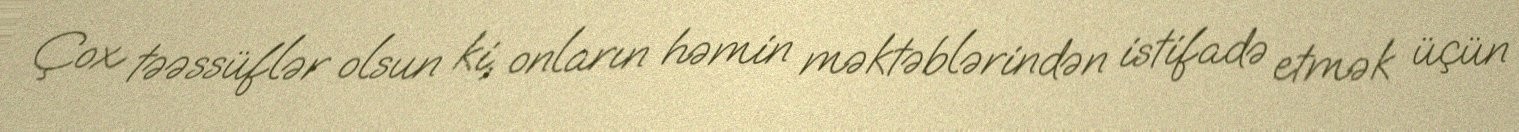
Çox təəssüflər olsun ki, onların həmin məktəblərindən istifadə etmək üçün